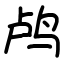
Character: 鸬